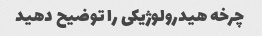
چرخه هیدرولوژیکی را توضیح دهید